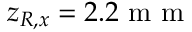
z _ { R , x } = 2 . 2 \mathrm { ~ m ~ m ~ }